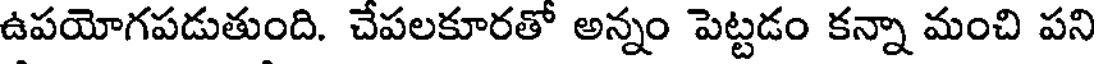
ఉపయోగపడుతుంది. చేపలకూరతో అన్నం పెట్టడం కన్నా మంచి పని